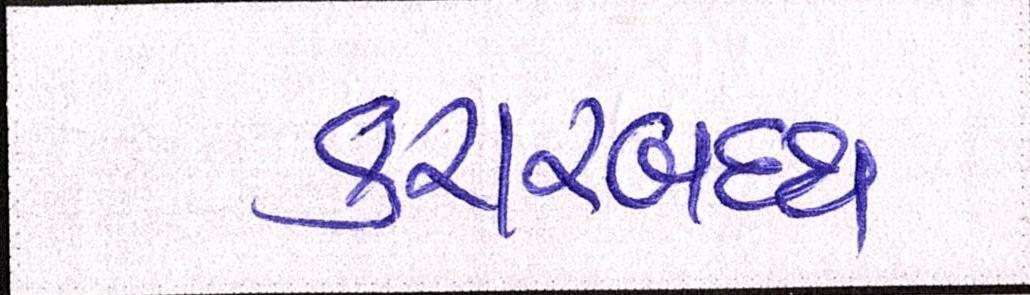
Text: કરારબદ્ધ